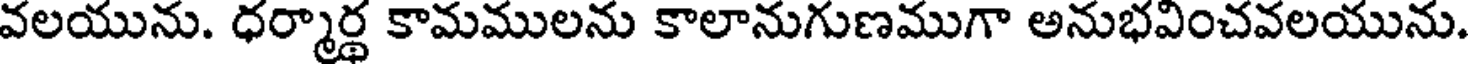
వలయును. ధర్మార్థ కామములను కాలానుగుణముగా అనుభవించవలయును.